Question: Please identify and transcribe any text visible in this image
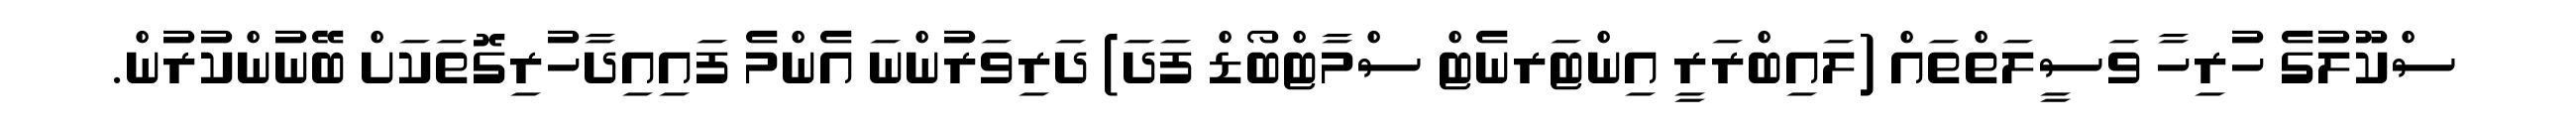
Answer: ސްކޫލުގެ ހުރިހާ ވަސީލަތްތައް (ލައިބްރަރީ އިންޓަރނެޓް ސްމާޓްބޯޑް ފަދަ) ދަރިވަރުންނަ އެންމެ ފައިއިދާހުރިގޮތަކަށް ބޭނުންކުރުން.